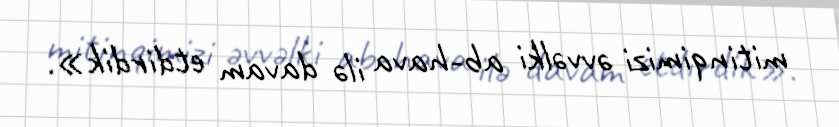
mitinqimizi əvvəlki ab-hava ilə davam etdirdik».